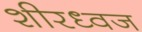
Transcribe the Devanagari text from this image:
शीरध्वज